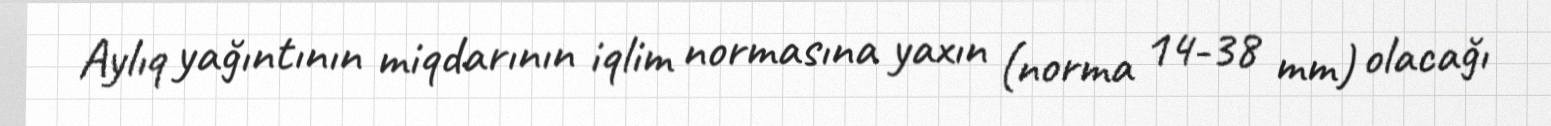
Aylıq yağıntının miqdarının iqlim normasına yaxın (norma 14-38 mm) olacağı